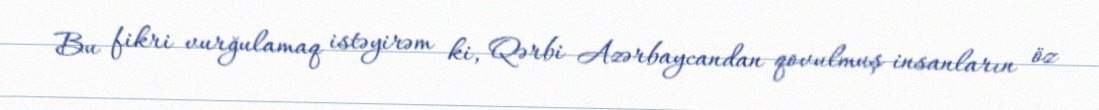
Bu fikri vurğulamaq istəyirəm ki, Qərbi Azərbaycandan qovulmuş insanların öz